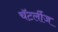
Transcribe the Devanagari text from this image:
चॅटर्लीज